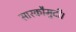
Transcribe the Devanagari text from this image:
सारकौमुदी।